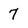
Character: 7